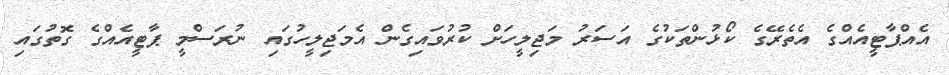
އެއްޕާޓީއެއްގެ އެތެރޭގެ ކޯޅުންތަކުގެ އަސަރު މަޖިލީހަށް ކުރުވައިގެން އެމަޖިލީހުގައި ނުރަސްމީ ޕާޓީއެއްގެ ގޮތުގައި